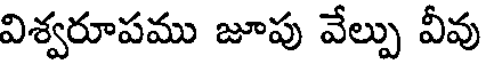
విశ్వరూపము జూపు వేల్పు వీవు